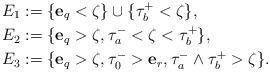
LaTeX: \begin{align*} E_1 &:= \{\mathbf{e}_q<\zeta\}\cup\{\tau_b^+<\zeta\}, \\ E_2&:= \{ \mathbf{e}_q>\zeta,\tau_a^-<\zeta < \tau_b^+ \}, \\ E_3 &:= \{\mathbf{e}_q>\zeta, \tau_0^- >\mathbf{e}_{r},\tau_a^- \wedge \tau_b^+>\zeta \}. \end{align*}